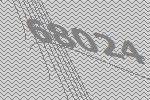
68024